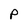
Character: P